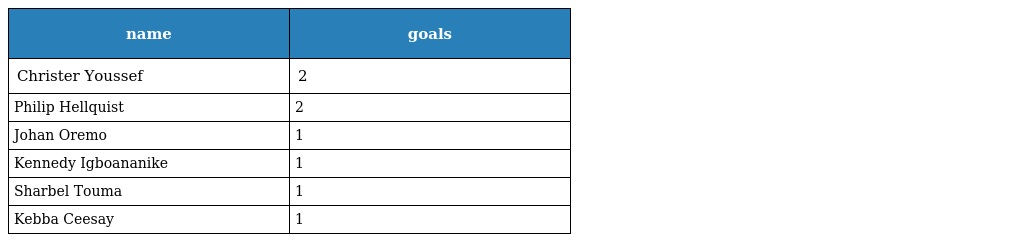
| name | goals |
 | --- | --- |
 | Christer Youssef | 2 |
 | Philip Hellquist | 2 |
 | Johan Oremo | 1 |
 | Kennedy Igboananike | 1 |
 | Sharbel Touma | 1 |
 | Kebba Ceesay | 1 |